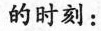
的时刻：